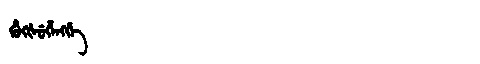
Manchu: ᡥᡠᡴᡧᡠᡥᡝᠩᡤᡝ
Romanization: HUKŠUHENGGE